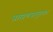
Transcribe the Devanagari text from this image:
ब्राह्मणसमुहका